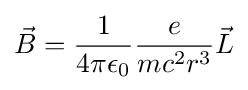
{\vec {B}}={\frac {1}{4\pi \epsilon _{0}}}{\frac {e}{mc^{2}r^{3}}}{\vec {L}}